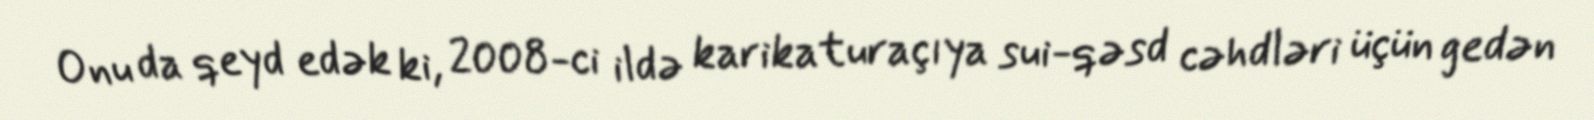
Onu da qeyd edək ki, 2008-ci ildə karikaturaçıya sui-qəsd cəhdləri üçün gedən